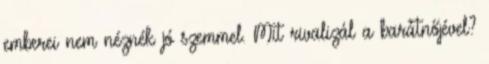
emberei nem néznék jó szemmel. Mit rivalizál a barátnőjével?